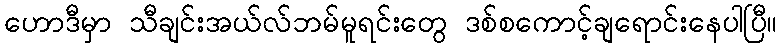
ဟောဒီမှာ သီချင်းအယ်လ်ဘမ်မူရင်းတွေ ဒစ်စကောင့်ချရောင်းနေပါပြီ။